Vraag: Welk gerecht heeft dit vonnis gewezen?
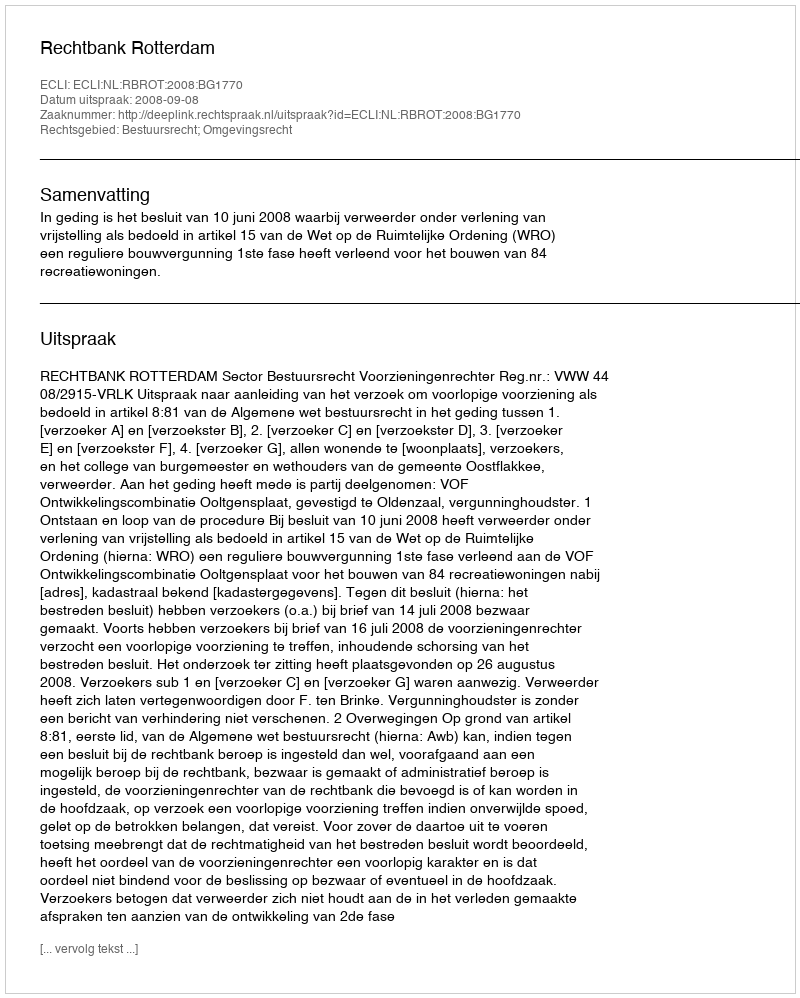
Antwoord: Rechtbank Rotterdam